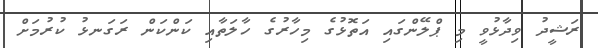
ރަޝީދު ވިދާޅުވީ މި ޕްލޭންގައި އަތޮޅުގެ މިހާރުގެ ހާލަތާއި ކަންކަން ރަގަނޅު ކުރުމަށް